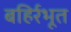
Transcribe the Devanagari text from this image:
बहिर्रभूत